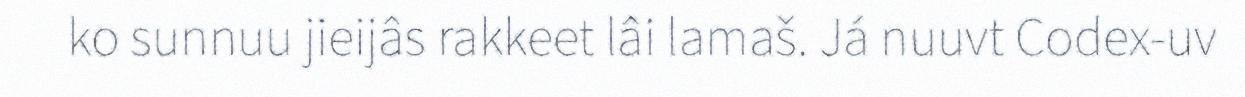
ko sunnuu jieijâs rakkeet lâi lamaš. Já nuuvt Codex-uv